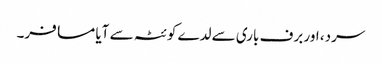
سرد، اور برف باری سے لدے کوئٹہ سے آیا مسافر۔